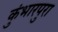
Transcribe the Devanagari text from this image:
कुंभारपुरा